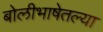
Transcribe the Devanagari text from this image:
बोलीभाषेतल्या